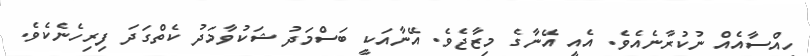
ހިއްސާއެއް ނުކުރާނެއެވެ. އެއީ އޭނާގެ މިޒާޖެވެ. އޭނާއަކީ ބަސްމަދު ޝަކުވާމަދު ކެތްގަދަ ފިރިހެނެކެވެ.